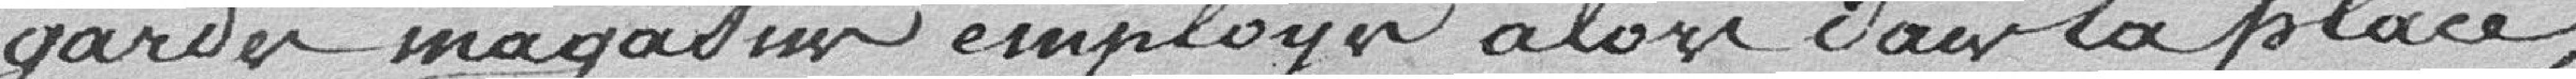
gardes magasin employés alors dans la place,